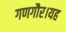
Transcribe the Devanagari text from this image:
गणगौर।यह